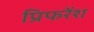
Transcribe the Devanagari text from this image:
प्रिफरेंश